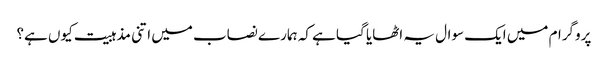
پروگرام میں ایک سوال یہ اٹھایا گیا ہے کہ ہمارے نصاب میں اتنی مذہبیت کیوں ہے؟